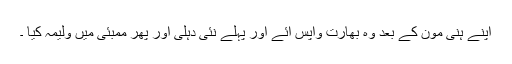
اپنے ہنی مون کے بعد وہ بھارت واپس آئے اور پہلے نئی دہلی اور پھر ممبئی میں ولیمہ کیا ۔